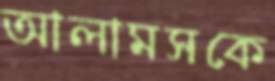
আলামসকে